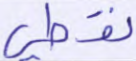
نقطي